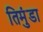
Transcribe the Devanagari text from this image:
तिमुंडा